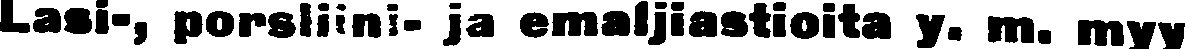
Lasi-, porsliini- ja emaljiastioita y. m. myy